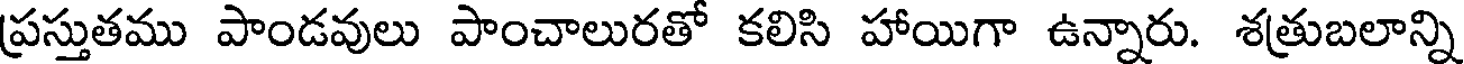
ప్రస్తుతము పాండవులు పాంచాలురతో కలిసి హాయిగా ఉన్నారు. శత్రుబలాన్ని